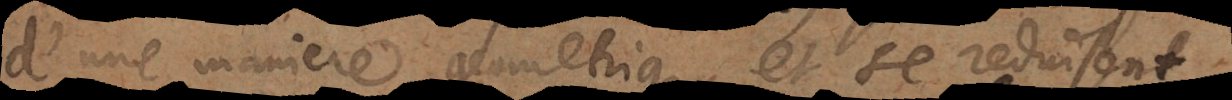
d’une maniere geometrique et se reduisent